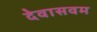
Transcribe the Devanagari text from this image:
देवासवम